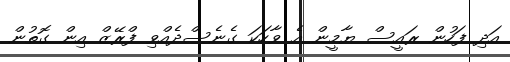
އަދި ފަހުން ރައީސް ޔާމީން އެ ވާހަކަ ގެނެސްދެއްވި ފްރޭޒް އިން ގޮތުން